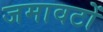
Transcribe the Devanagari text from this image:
जमावटों